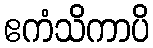
ဧကံသိကာပိ